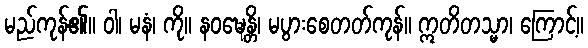
မည်ကုန်၏။ ဝါ၊ မနံ၊ ကို။ နဝဍ္ဎေန္တိ၊ မပွားစေတတ်ကုန်။ ဣတိတသ္မာ၊ ကြောင့်။